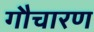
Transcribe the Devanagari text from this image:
गौचारण